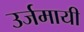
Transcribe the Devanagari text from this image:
उर्जमायी